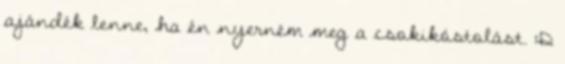
ajándék lenne, ha én nyerném meg a csokikóstolást. :D